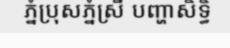
ភ្នំប្រុសភ្នំស្រី បញ្ហាសិទ្ធិ